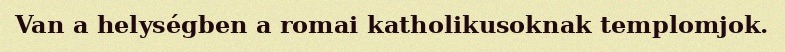
Van a helységben a romai katholikusoknak templomjok.